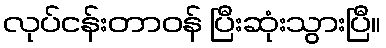
လုပ်ငန်းတာဝန် ပြီးဆုံးသွားပြီ။